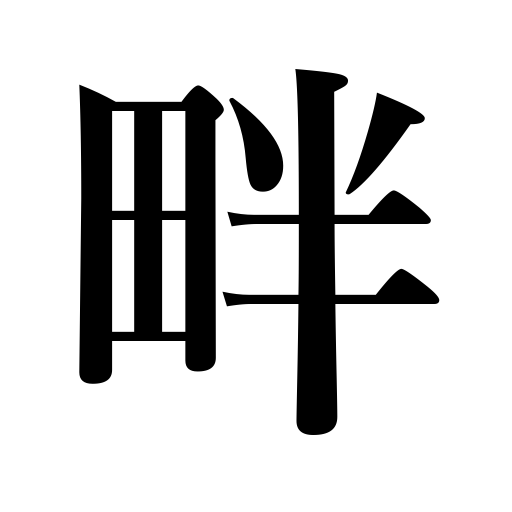
Meanings: levee,rice-paddy ridge